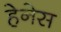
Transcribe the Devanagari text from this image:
हेनेस